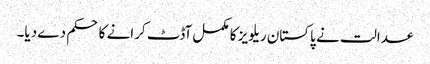
عدالت نے پاکستان ریلویز کا مکمل آڈٹ کرانے کا حکم دے دیا۔